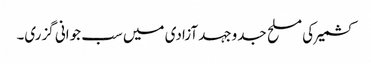
کشمیر کی مسلح جدوجہد آزادی میں سب جوانی گزری۔